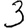
Digit: 3